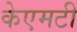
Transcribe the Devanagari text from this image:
केएमटी